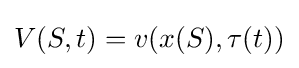
V(S,t)=v(x(S),\tau (t))